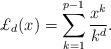
LaTeX: \begin{align*}\pounds_d(x)=\sum_{k=1}^{p-1}\frac{x^k}{k^d}.\end{align*}